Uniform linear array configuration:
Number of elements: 64
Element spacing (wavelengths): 0.5
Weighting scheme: exponential
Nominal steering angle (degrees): -30
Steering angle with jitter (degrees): -30.359
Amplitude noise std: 0.05
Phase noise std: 0.05

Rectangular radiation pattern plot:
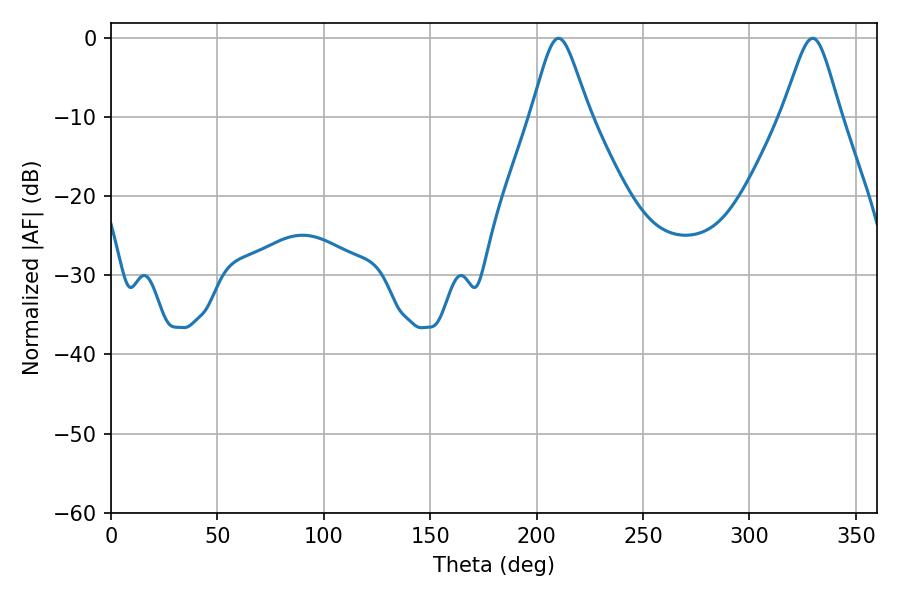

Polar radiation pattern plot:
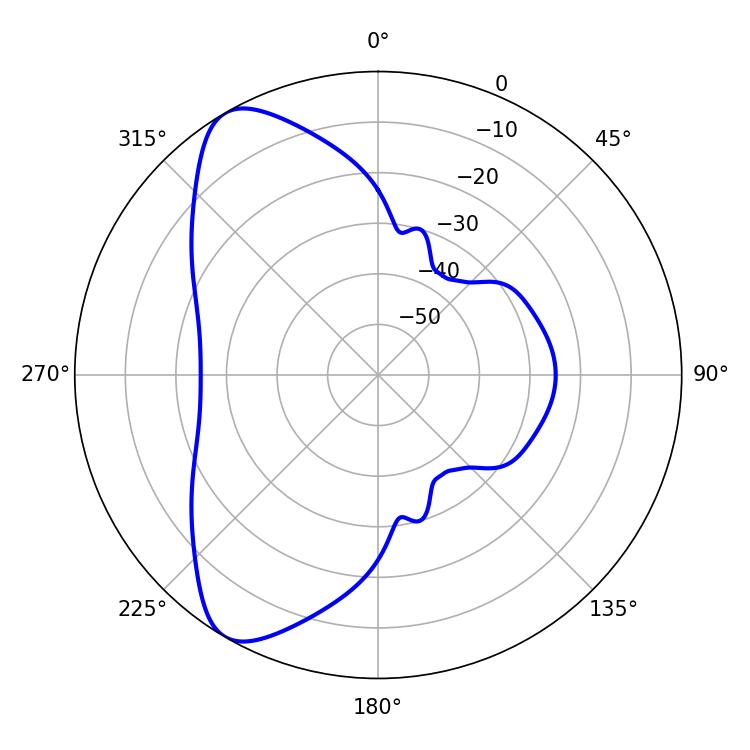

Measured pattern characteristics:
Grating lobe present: FALSE
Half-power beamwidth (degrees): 13.14
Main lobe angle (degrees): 210.24